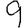
Digit: 9